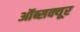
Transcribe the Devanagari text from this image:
ऑब्सक्यूर